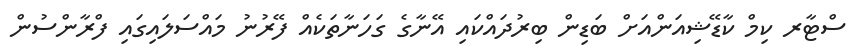
ސްޓާރ ކިމް ކާޑޭޝިއަންއަށް ބަޑިން ބިރުދައްކައި އޭނާގެ ގަހަނާތަކެއް ފޭރުނު މައްސަލައިގައި ފްރާންސުން